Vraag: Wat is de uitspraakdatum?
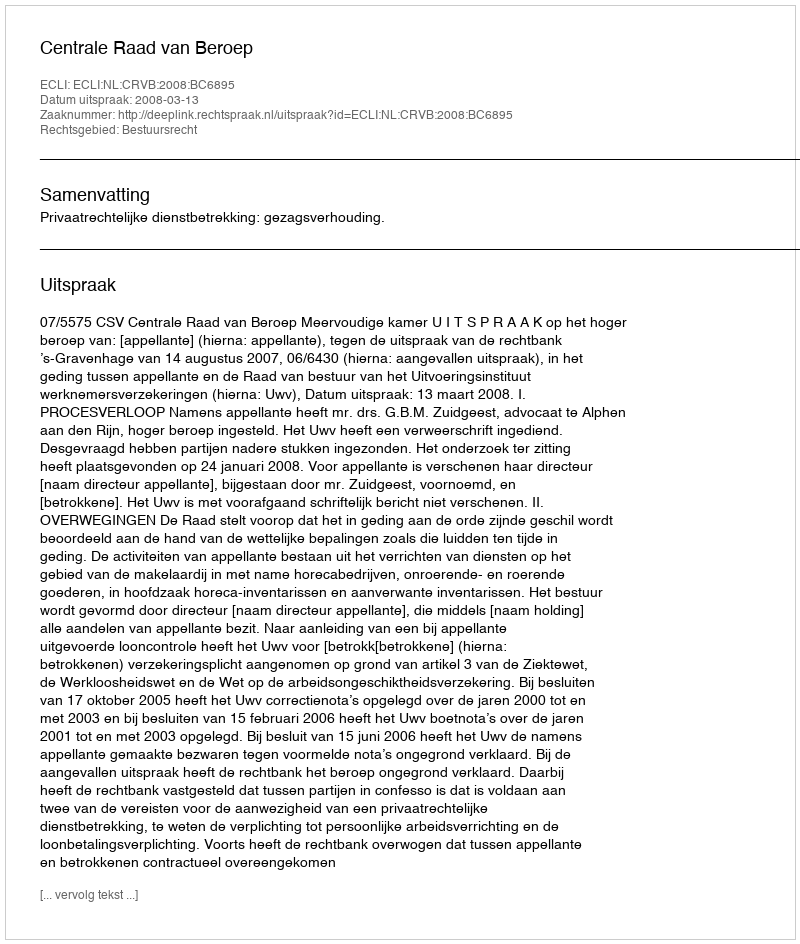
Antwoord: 2008-03-13